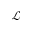
\mathcal { L }